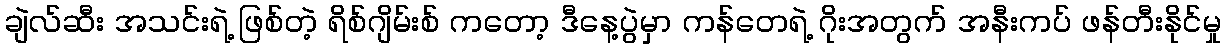
ချဲလ်ဆီး အသင်းရဲ့ ဖြစ်တဲ့ ရိစ်ဂျိမ်းစ် ကတော့ ဒီနေ့ပွဲမှာ ကန်တေရဲ့ ဂိုးအတွက် အနီးကပ် ဖန်တီးနိုင်မှု